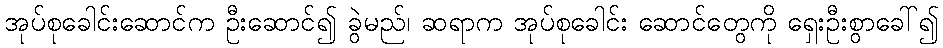
အုပ်စုခေါင်းဆောင်က ဦးဆောင်၍ ခွဲမည်၊ ဆရာက အုပ်စုခေါင်း ဆောင်တွေကို ရှေးဦးစွာခေါ်၍